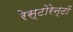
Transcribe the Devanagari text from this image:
रेस्टोरेन्टों